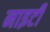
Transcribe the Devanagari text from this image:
नाइटी